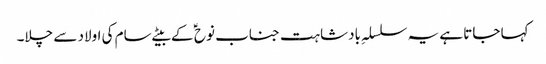
کہا جاتا ہے یہ سلسلہِ بادشاہت جناب نوح ؑ کے بیٹے سام کی اولاد سے چلا۔